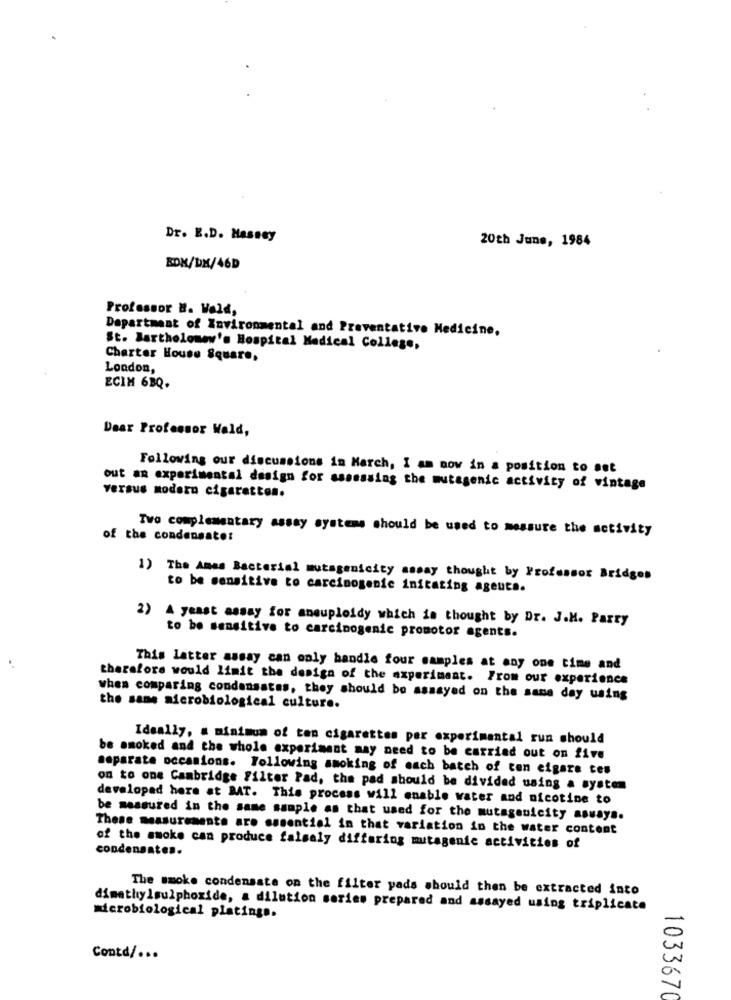
Dr. E.D. Massey
20th June, 1984
BOX/DX/46D
Professor B. Wald,
Department of Environmental and Preventative Medicine,
St. Bartholomew's Hospital Medical College,
Charter House Square,
London,
ECIM 6BQ.
Dear Professor Wald,
Following our discussions in March, I am now in a position to set
versus modern cigaretton.
out an experimental design for ssssssing the mutagenic activity of vintage
Two complementary assay systems should be used to messure the activity
of the condensatet
1) The Amas Bacterial mutagenicity assay thought by Professor Bridges
to be sensitive to carcinogenic initating agents.
2) A yeast assay for aneuploidy which is thought by Dr. J.M. Party
to be sensitive to carcinogenic promotor agents.
This latter assay can only bandle four samples at any one time and
therefore would limit the design of the experiment. From our experience
when comparing condansatas, they should be assayed on the same day using
the same microbiological culture.
Ideally, a minimum of ton cigarettes per experimental run should
be smoked and the whole experiment may need to be carried out on five
Separate occasions. Following smoking of each batch of con elgare tes
on to one Cambridge filter Pad, the pad should be divided using a system
developed here at BAT. This process will enable water and nicotine to
be measured in the same sample as that used for the mutagenicity asuays.
These measurements are essentiel in that variation in the water content
condensates.
of the smoke can produce falsaly differing mutagenic activities of
The smoke condensate on the filter yads should then be extracted into
dimethylsulphoxide, a dilution series prepared and assayed using triplicate
microbiological platings.
Contd/ ...
1033670